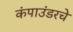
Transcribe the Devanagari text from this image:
कंपाउंडरचे